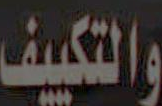
والتكييف